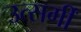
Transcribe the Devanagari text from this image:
उत्सर्गीं